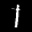
Label: 1